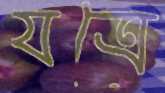
যত্রে